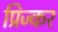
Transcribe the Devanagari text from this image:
प्रिज्कर